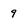
Character: 9